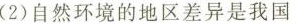
2)自然环境的地区差异是我国